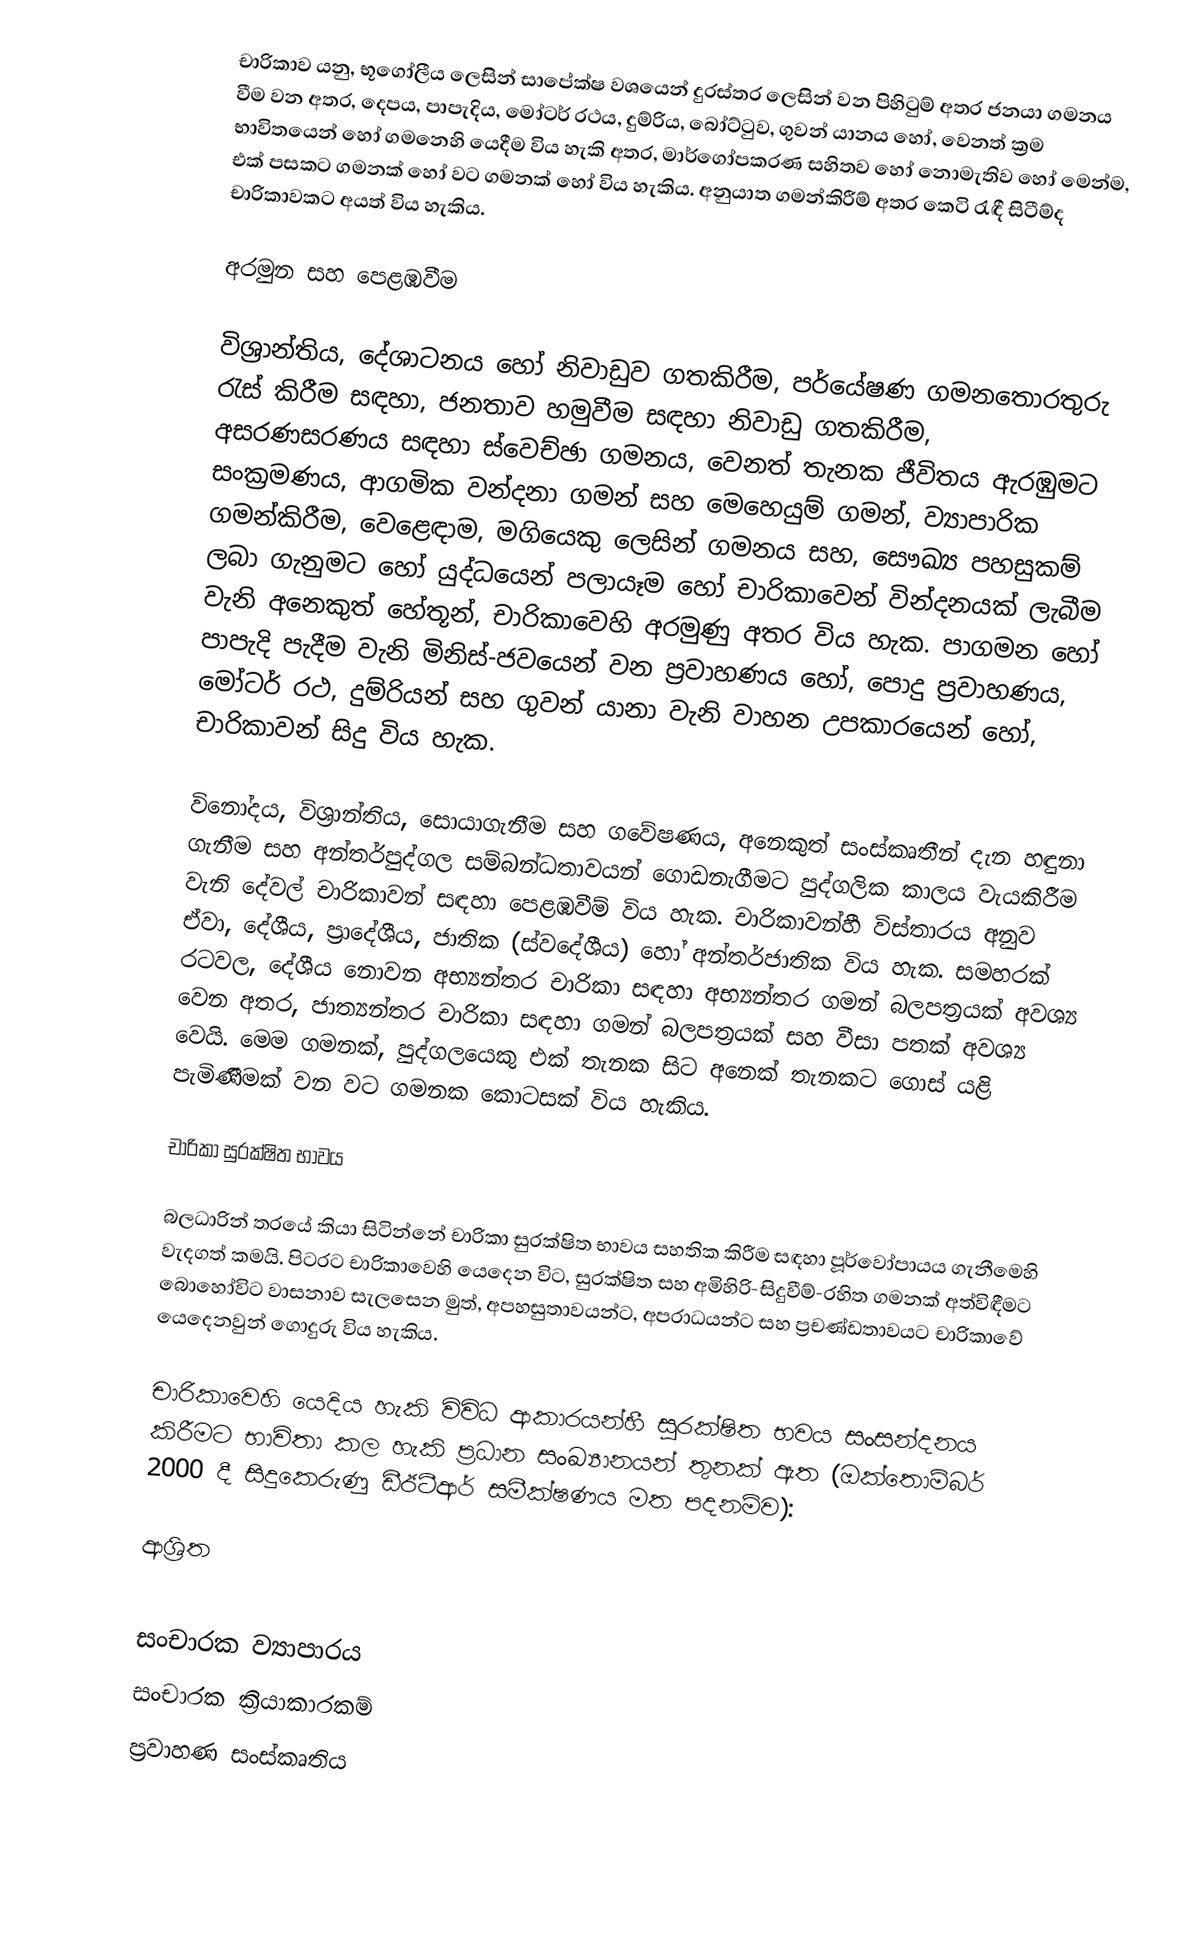
චාරිකාව යනු,  භූගෝලීය ලෙසින්  සාපේක්ෂ වශයෙන් දුරස්තර ලෙසින් වන පිහිටුම් අතර ජනයා ගමනය වීම වන අතර, දෙපය, පාපැදිය, මෝටර් රථය, දුම්රිය, බෝට්ටුව, ගුවන් යානය හෝ, වෙනත් ක්‍රම භාවිතයෙන් හෝ ගමනෙහි යෙදීම විය හැකි අතර, මාර්ගෝපකරණ සහිතව හෝ නොමැතිව හෝ මෙන්ම, එක් පසකට ගමනක් හෝ වට ගමනක් හෝ විය හැකිය. අනුයාත ගමන්කිරීම් අතර කෙටි රැඳී සිටීම්ද චාරිකාවකට අයත් විය හැකිය.

අරමුන සහ පෙළඹවීම

විශ්‍රාන්තිය, දේශාටනය හෝ  නිවාඩුව ගතකිරීම, පර්යේෂණ ගමනතොරතුරු රැස් කිරීම සඳහා, ජනතාව හමුවීම සඳහා නිවාඩු ගතකිරීම, අසරණසරණය සඳහා ස්වෙච්ඡා ගමනය, වෙනත් තැනක ජීවිතය ඇරඹුමට සංක්‍රමණය, ආගමික වන්දනා ගමන් සහ මෙහෙයුම් ගමන්, ව්‍යාපාරික ගමන්කිරීම, වෙළෙඳාම, මගියෙකු ලෙසින් ගමනය සහ, සෞඛ්‍ය පහසුකම් ලබා ගැනුමට  හෝ  යුද්ධයෙන් පලායෑම හෝ චාරිකාවෙන් වින්දනයක් ලැබීම වැනි අනෙකුත් හේතූන්, චාරිකාවෙහි අරමුණු අතර විය හැක. පාගමන හෝ පාපැදි පැදීම වැනි මිනිස්-ජවයෙන් වන ප්‍රවාහණය හෝ, පොදු ප්‍රවාහණය, මෝටර් රථ, දුම්රියන් සහ  ගුවන් යානා වැනි වාහන උපකාරයෙන් හෝ, චාරිකාවන් සිදු විය හැක.

විනෝදය, විශ්‍රාන්තිය, සොයාගැනීම සහ ගවේෂණය, අනෙකුත් සංස්කෘතීන් දැන හඳුනා ගැනීම සහ අන්තර්පුද්ගල සම්බන්ධතාවයන් ගොඩනැගීමට පුද්ගලික කාලය වැයකිරීම වැනි දේවල් චාරිකාවන් සඳහා පෙළඹවීම් විය හැක. චාරිකාවන්හී විස්තාරය අනුව ඒවා, දේශීය, ප්‍රාදේශීය, ජාතික (ස්වදේශීය) හෝ අන්තර්ජාතික විය හැක. සමහරක් රටවල, දේශීය නොවන අභ්‍යන්තර චාරිකා සඳහා අභ්‍යන්තර ගමන් බලපත්‍රයක් අවශ්‍ය වෙන අතර, ජාත්‍යන්තර චාරිකා සඳහා ගමන් බලපත්‍රයක් සහ වීසා පතක් අවශ්‍ය වෙයි. මෙම ගමනක්, පුද්ගලයෙකු එක් තැනක සිට අනෙක් තැනකට ගොස් යළි පැමිණීමක් වන වට ගමනක කොටසක් විය හැකිය.

චාරිකා සුරක්ෂිත භාවය

බලධාරින් තරයේ කියා සිටින්නේ චාරිකා සුරක්ෂිත භාවය සහතික කිරීම සඳහා පූර්වෝපායය ගැනීමෙහි වැදගත් කමයි.  පිටරට චාරිකාවෙහි යෙදෙන විට, සුරක්ෂිත සහ අමිහිරි-සිදුවීම්-රහිත ගමනක් අත්විඳීමට බොහෝවිට වාසනාව සැලසෙන මුත්, අපහසුතාවයන්ට, අපරාධයන්ට සහ ප්‍රචණ්ඩතාවයට චාරිකාවේ යෙදෙනවුන් ගොදුරු විය හැකිය.

චාරිකාවෙහි යෙදිය හැකි විවිධ ආකාරයන්හී සුරක්ෂිත භවය සංසන්දනය කිරීමට භාවිතා කල හැකි ප්‍රධාන සංඛ්‍යානයන් තුනක් ඇත (ඔක්තොම්බර් 2000 දී සිදුකෙරුණු ඩීඊටීආර් සමීක්ෂණය මත පදනම්ව):

ආශ්‍රිත

සංචාරක ව්‍යාපාරය
සංචාරක ක්‍රියාකාරකම්
ප්‍රවාහණ සංස්කෘතිය